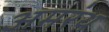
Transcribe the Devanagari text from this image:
अमरंथ